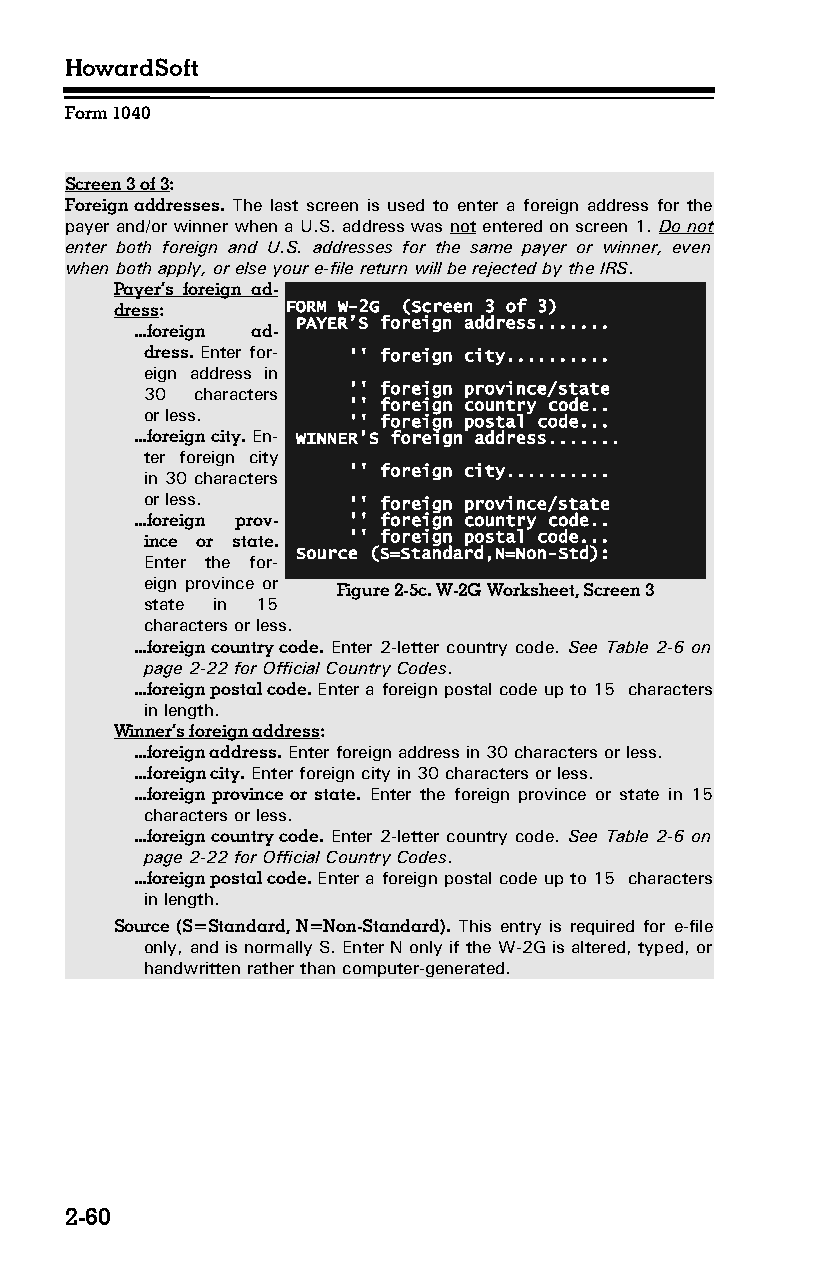
HowardSoft
 Form 1040
 Screen 3 of 3:
 Foreign addresses. The last screen is used to enter a foreign address for the
 payer and/or winner when a U.S. address was not entered on screen 1. Do not
 enter both foreign and U.S. addresses for the same payer or winner, even
 when both apply, or else your e-file return will be rejected by the IRS.
 Payer’s foreign ad­
 dress:     FORM W-2G (Screen 3 of 3)
 PAYER’S foreign address.......
 ...foreign ad­
 dress. Enter for­ '' foreign city..........
 eign address in
 30 characters '' foreign province/state
 '' foreign country code..
 or less.
 '' foreign postal code...
 ...foreign city. En­ WINNER’S foreign address.......
 ter foreign city
 '' foreign city..........
 in 30 characters
 or less.     '' foreign province/state
 ...foreign prov­ '' foreign country code..
 ince or state. '' foreign postal code...
 Source (S=Standard,N=Non-Std):
 Enter the for­
 eign province or
 Figure 2-5c. W-2G Worksheet, Screen 3
 state in 15
 characters or less.
 ...foreign country code. Enter 2-letter country code. See Table 2-6 on
 page 2-22 for Official Country Codes.
 ...foreign postal code. Enter a foreign postal code up to 15 characters
 in length.
 Winner’s foreign address:
 ...foreign address. Enter foreign address in 30 characters or less.
 ...foreign city. Enter foreign city in 30 characters or less.
 ...foreign province or state. Enter the foreign province or state in 15
 characters or less.
 ...foreign country code. Enter 2-letter country code. See Table 2-6 on
 page 2-22 for Official Country Codes.
 ...foreign postal code. Enter a foreign postal code up to 15 characters
 in length.
 Source (S=Standard, N=Non-Standard). This entry is required for e-file
 only, and is normally S. Enter N only if the W-2G is altered, typed, or
 handwritten rather than computer-generated.
 2-60